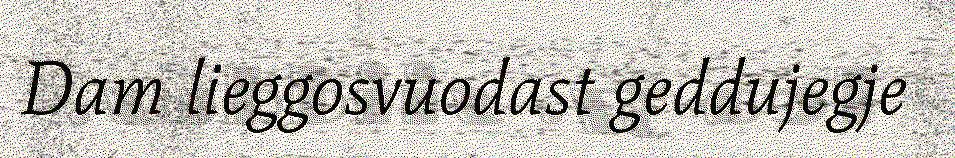
Dam lieggosvuodast geddujegje